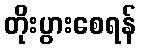
တိုးပွားစေရန်